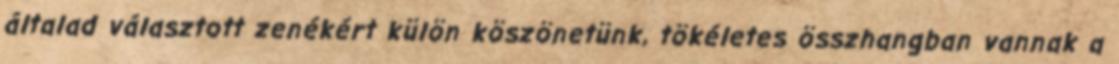
általad választott zenékért külön köszönetünk, tökéletes összhangban vannak a